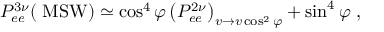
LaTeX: P _ { e e } ^ { 3 \nu } ( \mathrm { \small ~ M S W } ) \simeq \cos ^ { 4 } { \varphi } \left( P _ { e e } ^ { 2 \nu } \right) _ { v \to v \cos ^ { 2 } \varphi } + \sin ^ { 4 } { \varphi } \ ,